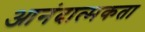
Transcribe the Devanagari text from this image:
आनंदात्मकता